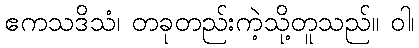
ဧကသဒိသံ၊ တခုတည်းကဲ့သို့တူသည်။ ဝါ၊